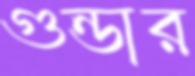
গুন্ডার